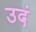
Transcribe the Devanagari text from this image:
उदं